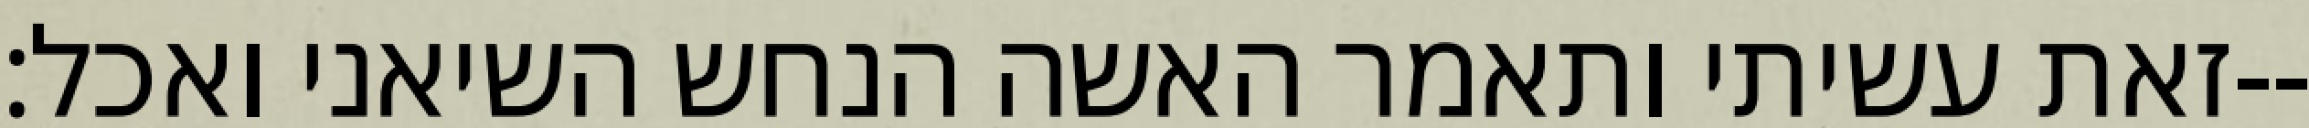
זאת עשיתי ותאמר האשה הנחש השיאני ואכל׃--